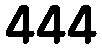
444